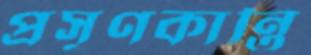
প্রসূণকান্তি